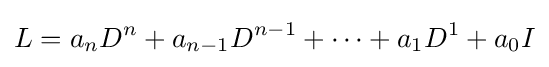
L=a_{n}D^{n}+a_{n-1}D^{n-1}+\cdots +a_{1}D^{1}+a_{0}I